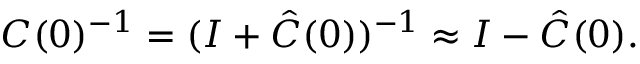
\boldsymbol { C } ( 0 ) ^ { - 1 } = ( \boldsymbol { I } + \boldsymbol { \hat { C } } ( 0 ) ) ^ { - 1 } \approx \boldsymbol { I } - \boldsymbol { \hat { C } } ( 0 ) .